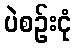
ပဲစဉ်းငုံ